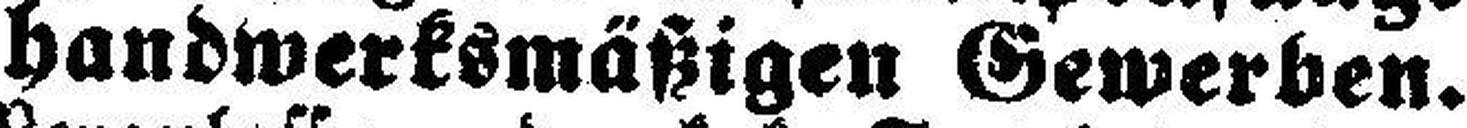
handwerksmäßigen Gewerben.